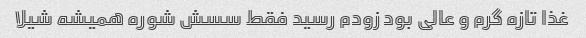
غذا تازه گرم و عالی بود زودم رسید فقط سسش شوره همیشه شیلا